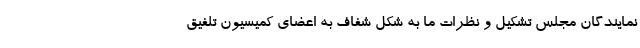
نمایندگان مجلس تشکیل و نظرات ما به شکل شفاف به اعضای کمیسیون تلفیق